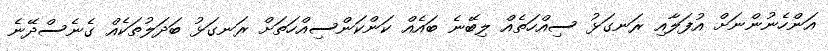
އަންހެނުންނަށް އުފަލާއި ރަނގަޅު ސިއްހަތެއް ލިބޭނެ ބައެއް ކަންކަންސިއްހަތަށް ރަނގަޅު ބަދަލުތަކެއް ގެނެސްދޭނެ